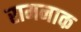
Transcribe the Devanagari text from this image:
रामनाक